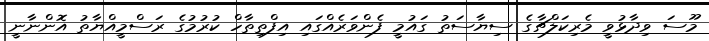
މޫސަ ވިދާޅުވީ މެރިކަލްޗާގެ ސިޔާސަތު ގައުމީ ފެންވަރެއްގައި އިފްތިތާހް ކުރުމުގެ ރަސްމީއްޔާތު އޮންނާނީ